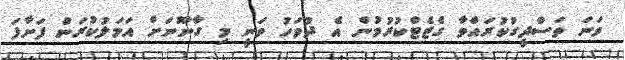
ވަނަ ތަސްދީގުކުރައްވާ ގެޒެޓްކުރުމުން އެ ދުވަހު ވަނީ މި ގާނޫނަށް އަމަލުކުރަން ފަށާފަ